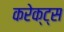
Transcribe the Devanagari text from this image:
करेक्ट्स